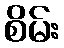
စိမ်း